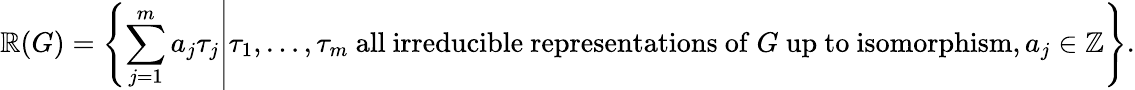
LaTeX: \mathbb{R}(G)=\left\{ \left.\sum_{j=1}^{m}a_{j}\tau_{j}\right|\tau_{1},\ldots,\tau_{m}{\mathrm{{~all~irreducible~representations~of~}}}G{\mathrm{{~up~to~isomorphism}}},a_{j}\in\mathbb{{Z}}\right\} .